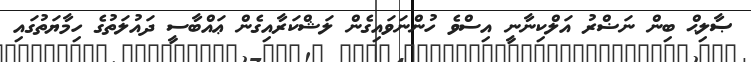
ޞާލިޙް ބިން ނަޟްރު އަލްކިނާނީ އިސްވެ ހުންނަވައިގެން ލަޝްކަރާއިގެން ޢައްބާސީ ދައުލަތުގެ ހިމާޔަތުގައި